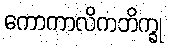
ကောကာလိကဘိက္ခု